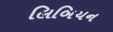
લિબિયન